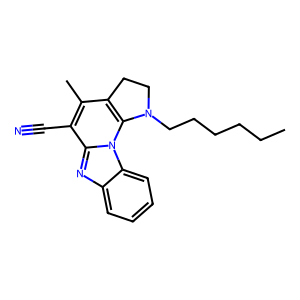
SMILES: CCCCCCN1CCc2c(C)c(C#N)c3nc4ccccc4n3c21
Inhibits HIV replication: No